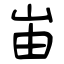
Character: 峀